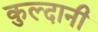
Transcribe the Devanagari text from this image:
कुल्दानी